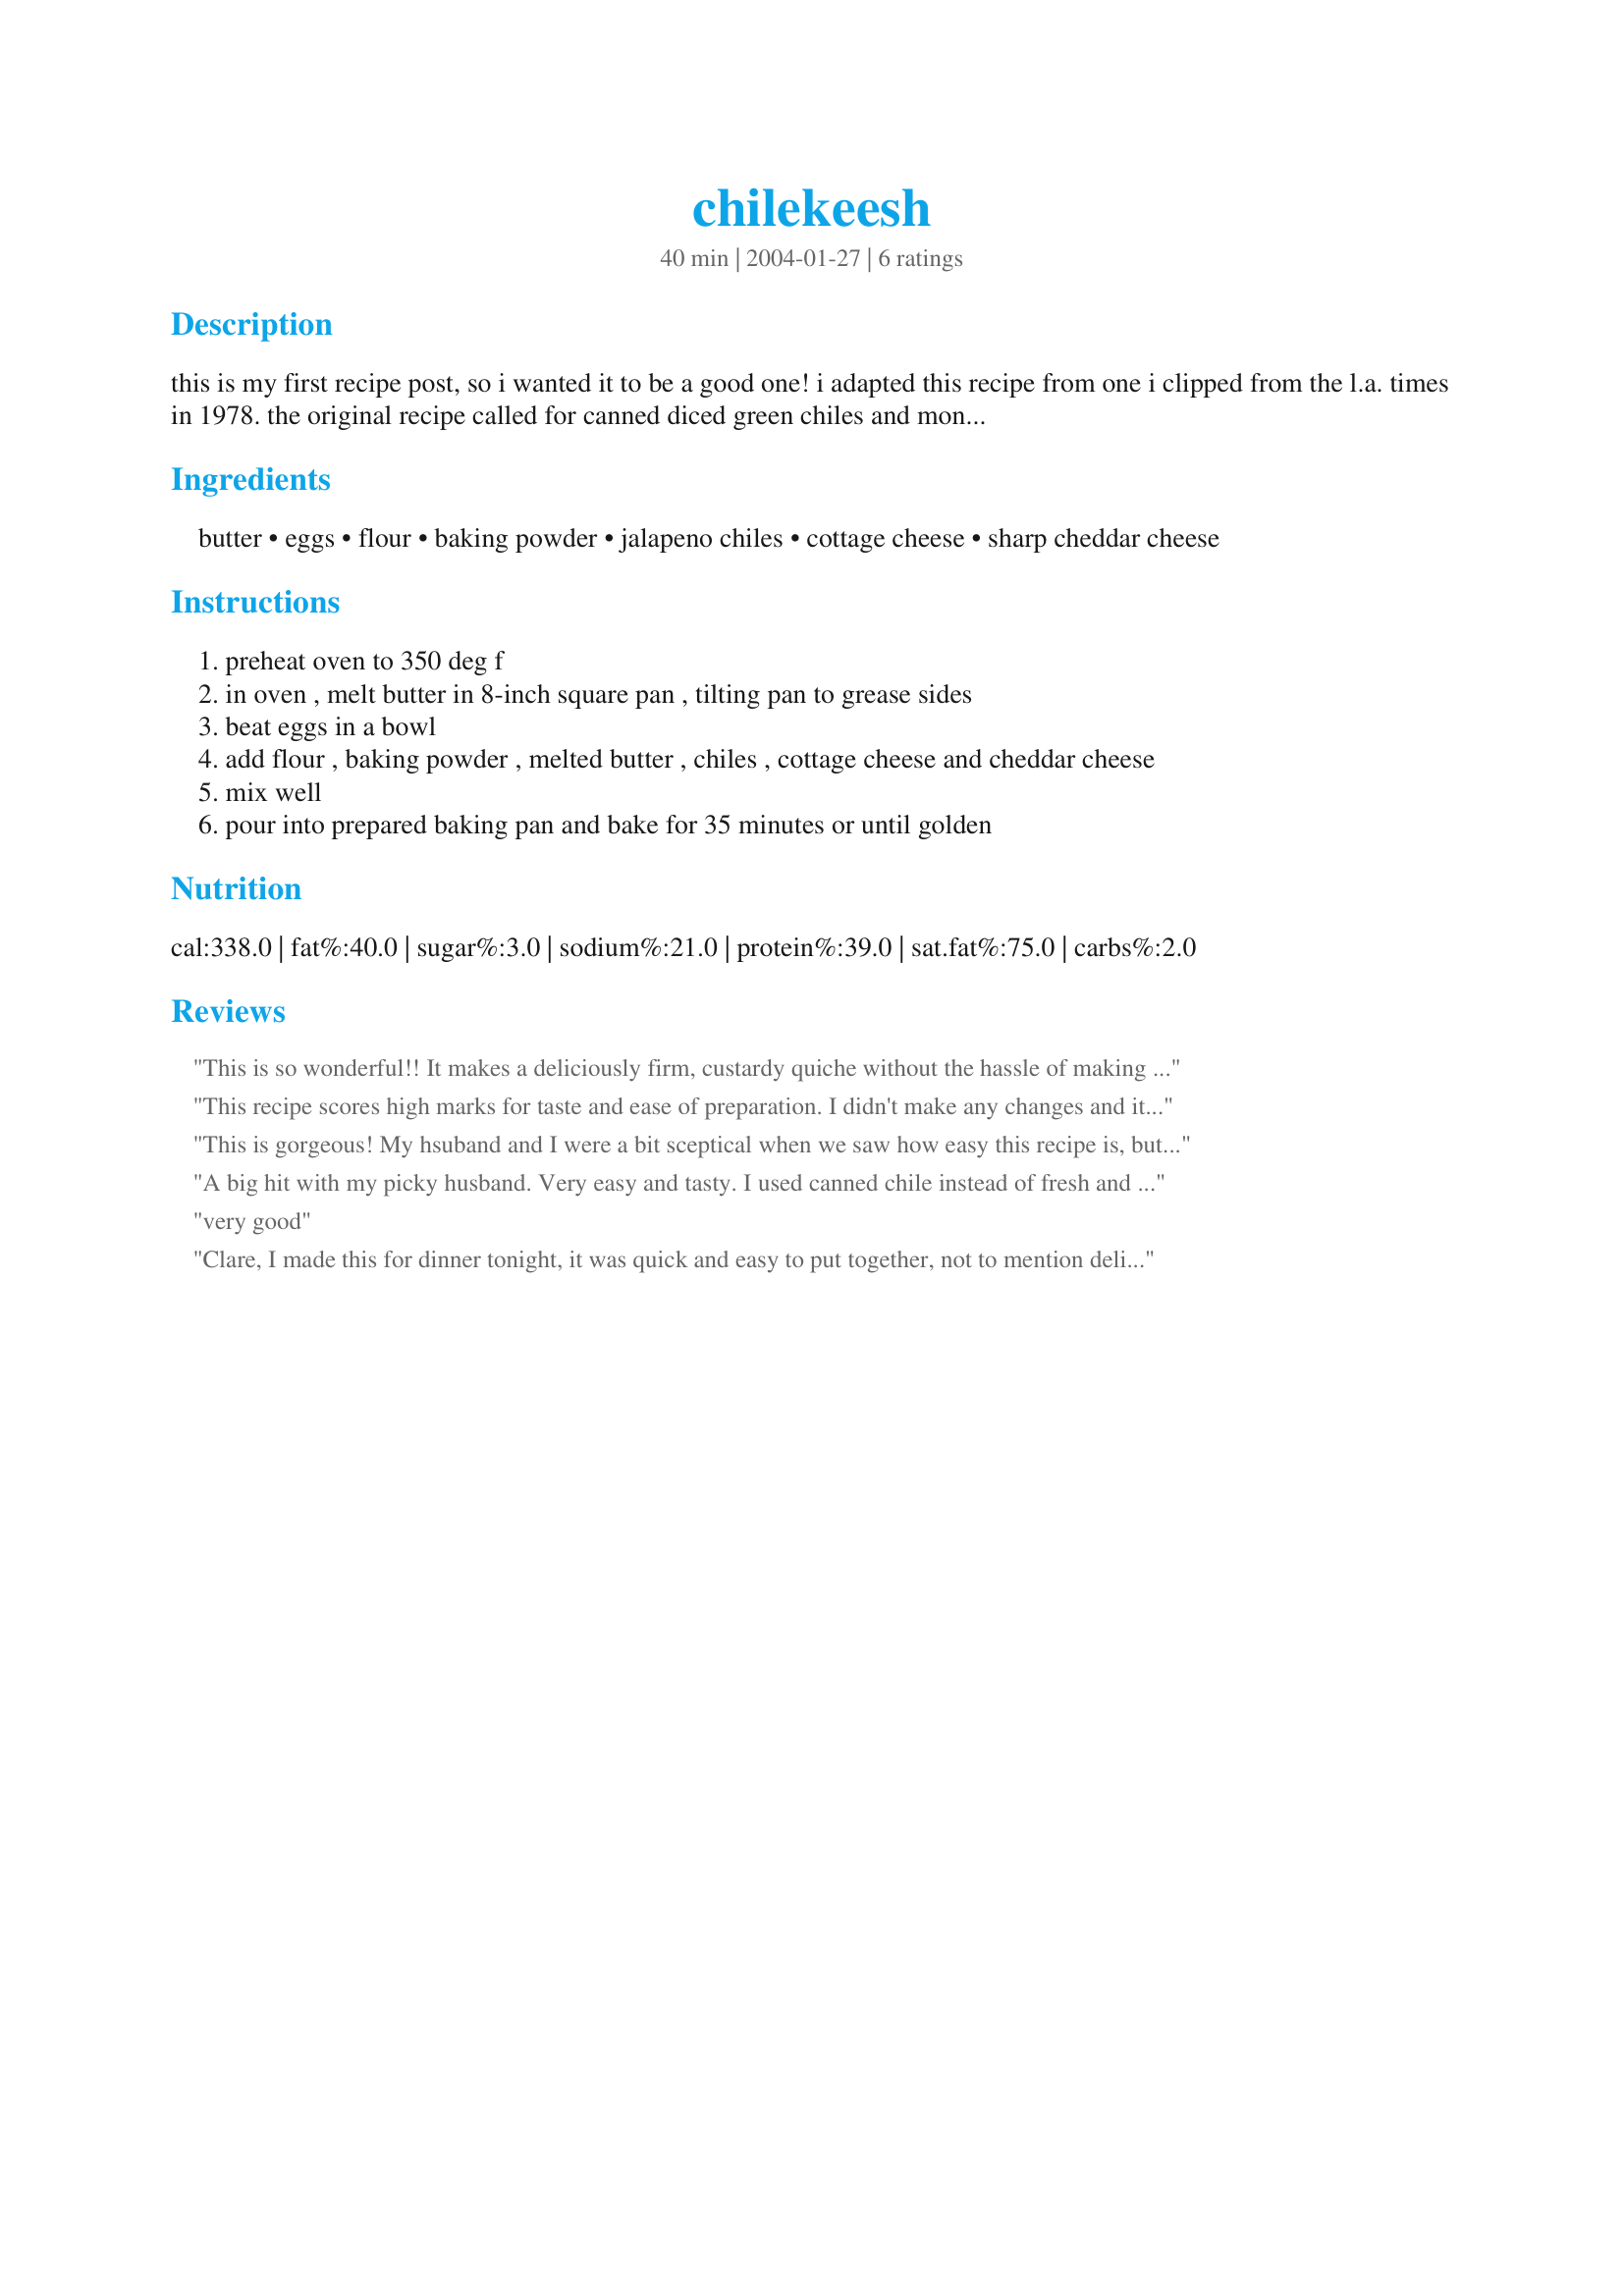
chilekeesh
Preparation time: 40 minutes

this is my first recipe post, so i wanted it to be a good one! i adapted this recipe from one i clipped from the l.a. times in 1978. the original recipe called for canned diced green chiles and monterey jack cheese instead of fresh chiles and cheddar. it is tasty both ways. it is a good brunch or light dinner dish. i like to serve it with salsa and sour cream. my co-workers request it when we have a brunch potluck.

Ingredients:
butter, eggs, flour, baking powder, jalapeno chiles, cottage cheese, sharp cheddar cheese

Steps:
preheat oven to 350 deg f
in oven , melt butter in 8-inch square pan , tilting pan to grease sides
beat eggs in a bowl
add flour , baking powder , melted butter , chiles , cottage cheese and cheddar cheese
mix well
pour into prepared baking pan and bake for 35 minutes or until golden

Reviews:
This is so wonderful!! It makes a deliciously firm, custardy quiche without the hassle of making a crust (which I don't like, anyway). We never eat cottage cheese, so I used the whole 12 oz. container (the smallest I could buy) and added 1 more egg plus 1/2 tsp. salt. Otherwise I followed the recipe exactly, using two large jalapenos. It wasn't too hot at all, just very flavorful. This would also make a great appetizer, cut in 1 inch cubes. I'll be making this a lot...easy and good...my favorite things!!!
This recipe scores high marks for taste and ease of preparation. I didn't make any changes and it comes together so fast. This recipe also doubles well. There are soooo many things you can do with this, thanks for posting.
This is gorgeous! My hsuband and I were a bit sceptical when we saw how easy this recipe is, but we both loved it! It's better than regular quiche because it's cheesier and the texture is just lovely. I don't normally like jalapeno's (I prefer green chillies), but they were perfect in this. It was especially good straight out of the oven, but we enjoyed the left-overs for lunch the next day too. Thank you Clare - we will be making this very often!
A big hit with my picky husband. Very easy and tasty. I used canned chile instead of fresh and it turned out great. I suggest letting it sit for about 5-10 minutes before serving.
very good
Clare, I made this for dinner tonight, it was quick and easy to put together, not to mention delicious. I made it as stated, only I baked mine in a 10-inch deep-dish pie plate, I topped mine off with shredded marble cheese, and used a bit more than 8 ounces. The jalapenos gave it such a nice kick, I just love cooking with them! I served it with a side salad. We enjoyed this very much, it was just wonderful. Thank you for posting Clare, I look forward to making it again...Kittencal:)
